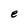
Character: e